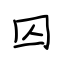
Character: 囚